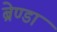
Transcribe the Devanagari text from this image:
ब्रेण्डा